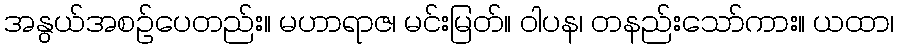
အနွယ်အစဉ်ပေတည်း။ မဟာရာဇ၊ မင်းမြတ်။ ဝါပန၊ တနည်းသော်ကား။ ယထာ၊